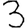
Digit: 3